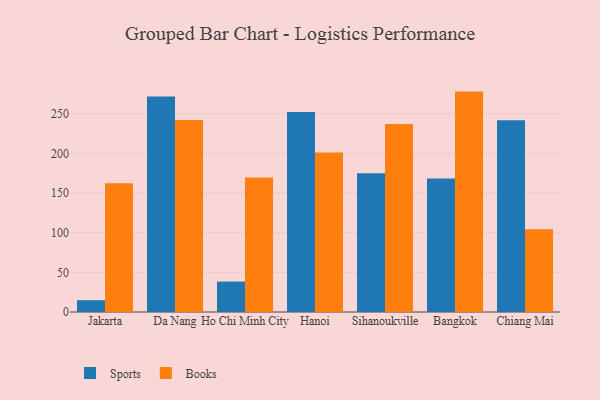
{"axis": {"x": "City", "y": "Page Views"}, "legend": ["Books", "Sports"], "data": [{"x": "Jakarta", "y": 14.9, "type": "Sports"}, {"x": "Jakarta", "y": 162.3, "type": "Books"}, {"x": "Da Nang", "y": 271.9, "type": "Sports"}, {"x": "Da Nang", "y": 242.3, "type": "Books"}, {"x": "Ho Chi Minh City", "y": 38.4, "type": "Sports"}, {"x": "Ho Chi Minh City", "y": 169.5, "type": "Books"}, {"x": "Hanoi", "y": 252.2, "type": "Sports"}, {"x": "Hanoi", "y": 201.2, "type": "Books"}, {"x": "Sihanoukville", "y": 175.0, "type": "Sports"}, {"x": "Sihanoukville", "y": 237.0, "type": "Books"}, {"x": "Bangkok", "y": 168.3, "type": "Sports"}, {"x": "Bangkok", "y": 278.0, "type": "Books"}, {"x": "Chiang Mai", "y": 242.0, "type": "Sports"}, {"x": "Chiang Mai", "y": 104.3, "type": "Books"}]}